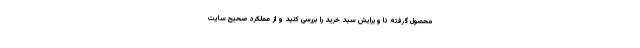
محصول گرفته تا ویرایش سبد خرید را بررسی کنید و از عملکرد صحیح سایت